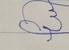
Signature authenticity: forged